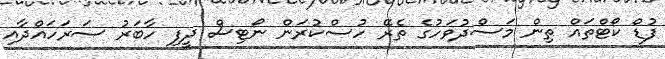
ފުޑް ކޯޓްތައް ތިން މަސްދުވަހުގެ ތެރޭ ހުސްކުރަން ނޯޓިސް ދީފި ހާބަރު ސަރަހައްދާއި